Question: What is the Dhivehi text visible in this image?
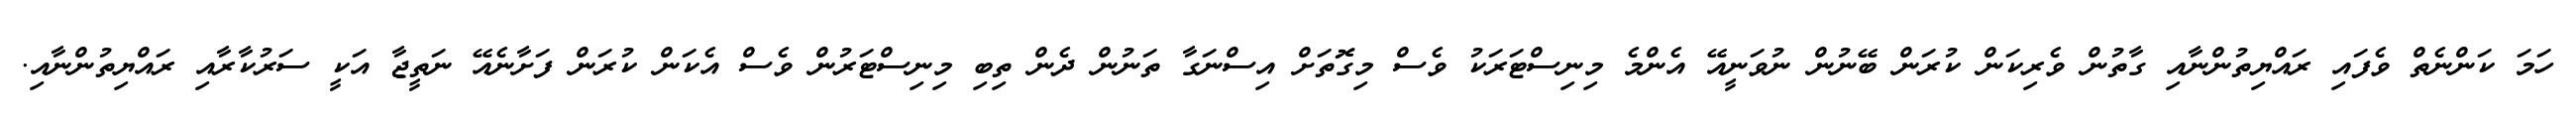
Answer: ހަމަ ކަންނެތް ވެފައި ރައްޔިތުންނާއި ގާތުން ވެރިކަން ކުރަން ބޭނުން ނުވަނީއޭ އެންމެ މިނިސްޓަރަކު ވެސް މިގޮތަށް އިސްނަގާ ތަނުން ދެން ތިބި މިނިސްޓަރުން ވެސް އެކަން ކުރަން ފަށާނެއޭ ނަތީޖާ އަކީ ސަރުކާރާއި ރައްޔިތުންނާއި.